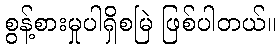
စွန့်စားမှုပါရှိစမြဲ ဖြစ်ပါတယ်။